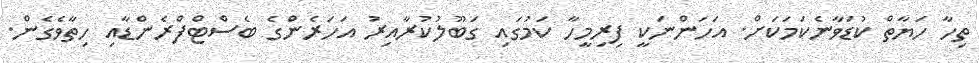
ތިހާ ހަޔާތް ކުޑަވާނެކަމަކަށް. އަހަންނަކީ ފިރިމީހާ ކަމުގައި ގަބޫލުކުރާއިރު އަހަރެންގެ ބެސްޓްފްރެންޑާއި ހިތާވެގެން.